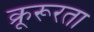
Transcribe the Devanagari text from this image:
क्रूरूरता